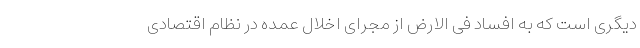
دیگری است که به افساد فی الارض از مجرای اخلال عمده در نظام اقتصادی